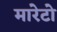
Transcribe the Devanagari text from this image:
मारेटो